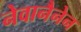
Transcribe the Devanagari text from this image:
नेवानैनेन